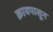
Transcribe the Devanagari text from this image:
क्रायपासून